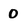
Character: 0